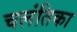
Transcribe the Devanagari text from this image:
चलंतिका